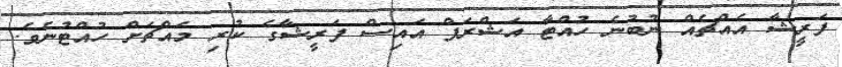
ފަރީޝާ އެއްޗެއް ނުބުނެ ހުއްޓާ އަޝްރަފް އައިސް ފަރީޝާގެ ކުރި މައްޗަށް ހުއްޓުނެވެ.